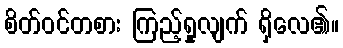
စိတ်ဝင်တစား ကြည့်ရှုလျက် ရှိလေ၏။